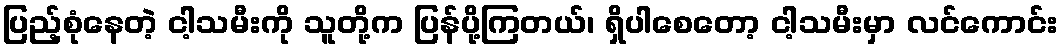
ပြည့်စုံနေတဲ့ ငါ့သမီးကို သူတို့က ပြန်ပို့ကြတယ်၊ ရှိပါစေတော့ ငါ့သမီးမှာ လင်ကောင်း